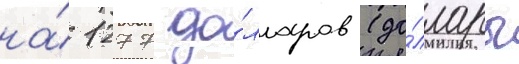
на́ 1277 до́лларов (до́ллары